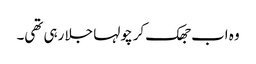
وہ اب جھک کر چولہا جلا رہی تھی۔